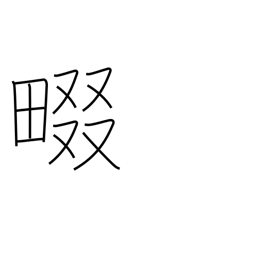
Meaning: rice field ridge path